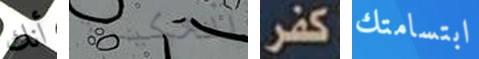
أنك الحكيمة كفر ابتسامتك